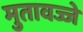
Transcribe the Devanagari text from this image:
मुतावज्जे